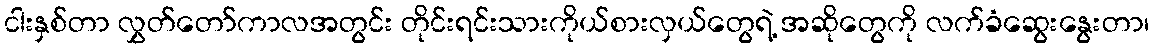
ငါးနှစ်တာ လွှတ်တော်ကာလအတွင်း တိုင်းရင်းသားကိုယ်စားလှယ်တွေရဲ့ အဆိုတွေကို လက်ခံဆွေးနွေးတာ၊